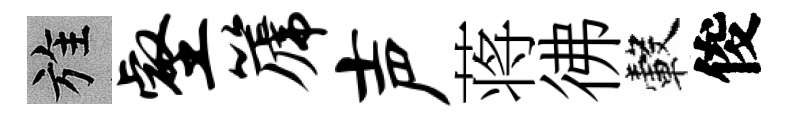
旌壑篪声蒋彿轂俊